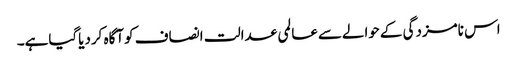
اس نامزدگی کےحوالےسےعالمی عدالت انصاف کوآگاہ کردیاگیاہے۔